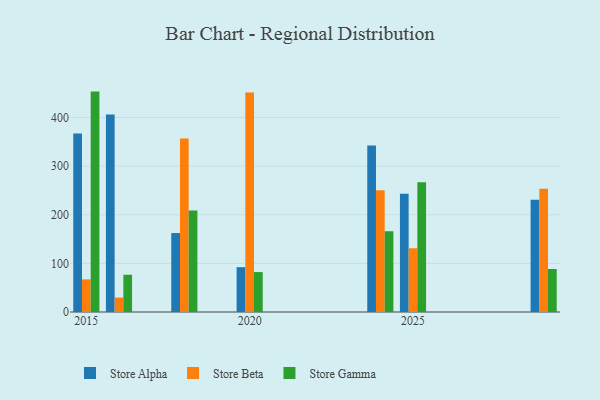
{"axis": {"x": "Year", "y": "Humidity (%)"}, "legend": ["Store Alpha", "Store Beta", "Store Gamma"], "data": [{"x": "2015", "y": 366.9, "type": "Store Alpha"}, {"x": "2015", "y": 67.1, "type": "Store Beta"}, {"x": "2015", "y": 453.3, "type": "Store Gamma"}, {"x": "2025", "y": 243.3, "type": "Store Alpha"}, {"x": "2025", "y": 131.1, "type": "Store Beta"}, {"x": "2025", "y": 266.7, "type": "Store Gamma"}, {"x": "2018", "y": 162.4, "type": "Store Alpha"}, {"x": "2018", "y": 356.6, "type": "Store Beta"}, {"x": "2018", "y": 209.0, "type": "Store Gamma"}, {"x": "2020", "y": 92.2, "type": "Store Alpha"}, {"x": "2020", "y": 451.4, "type": "Store Beta"}, {"x": "2020", "y": 82.1, "type": "Store Gamma"}, {"x": "2024", "y": 342.4, "type": "Store Alpha"}, {"x": "2024", "y": 250.4, "type": "Store Beta"}, {"x": "2024", "y": 166.1, "type": "Store Gamma"}, {"x": "2016", "y": 406.3, "type": "Store Alpha"}, {"x": "2016", "y": 29.7, "type": "Store Beta"}, {"x": "2016", "y": 76.6, "type": "Store Gamma"}, {"x": "2029", "y": 231.0, "type": "Store Alpha"}, {"x": "2029", "y": 253.4, "type": "Store Beta"}, {"x": "2029", "y": 88.5, "type": "Store Gamma"}]}